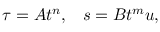
\tau = A t ^ { n } , \; \; \; s = B t ^ { m } u ,